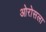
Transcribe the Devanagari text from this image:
ओरोसला